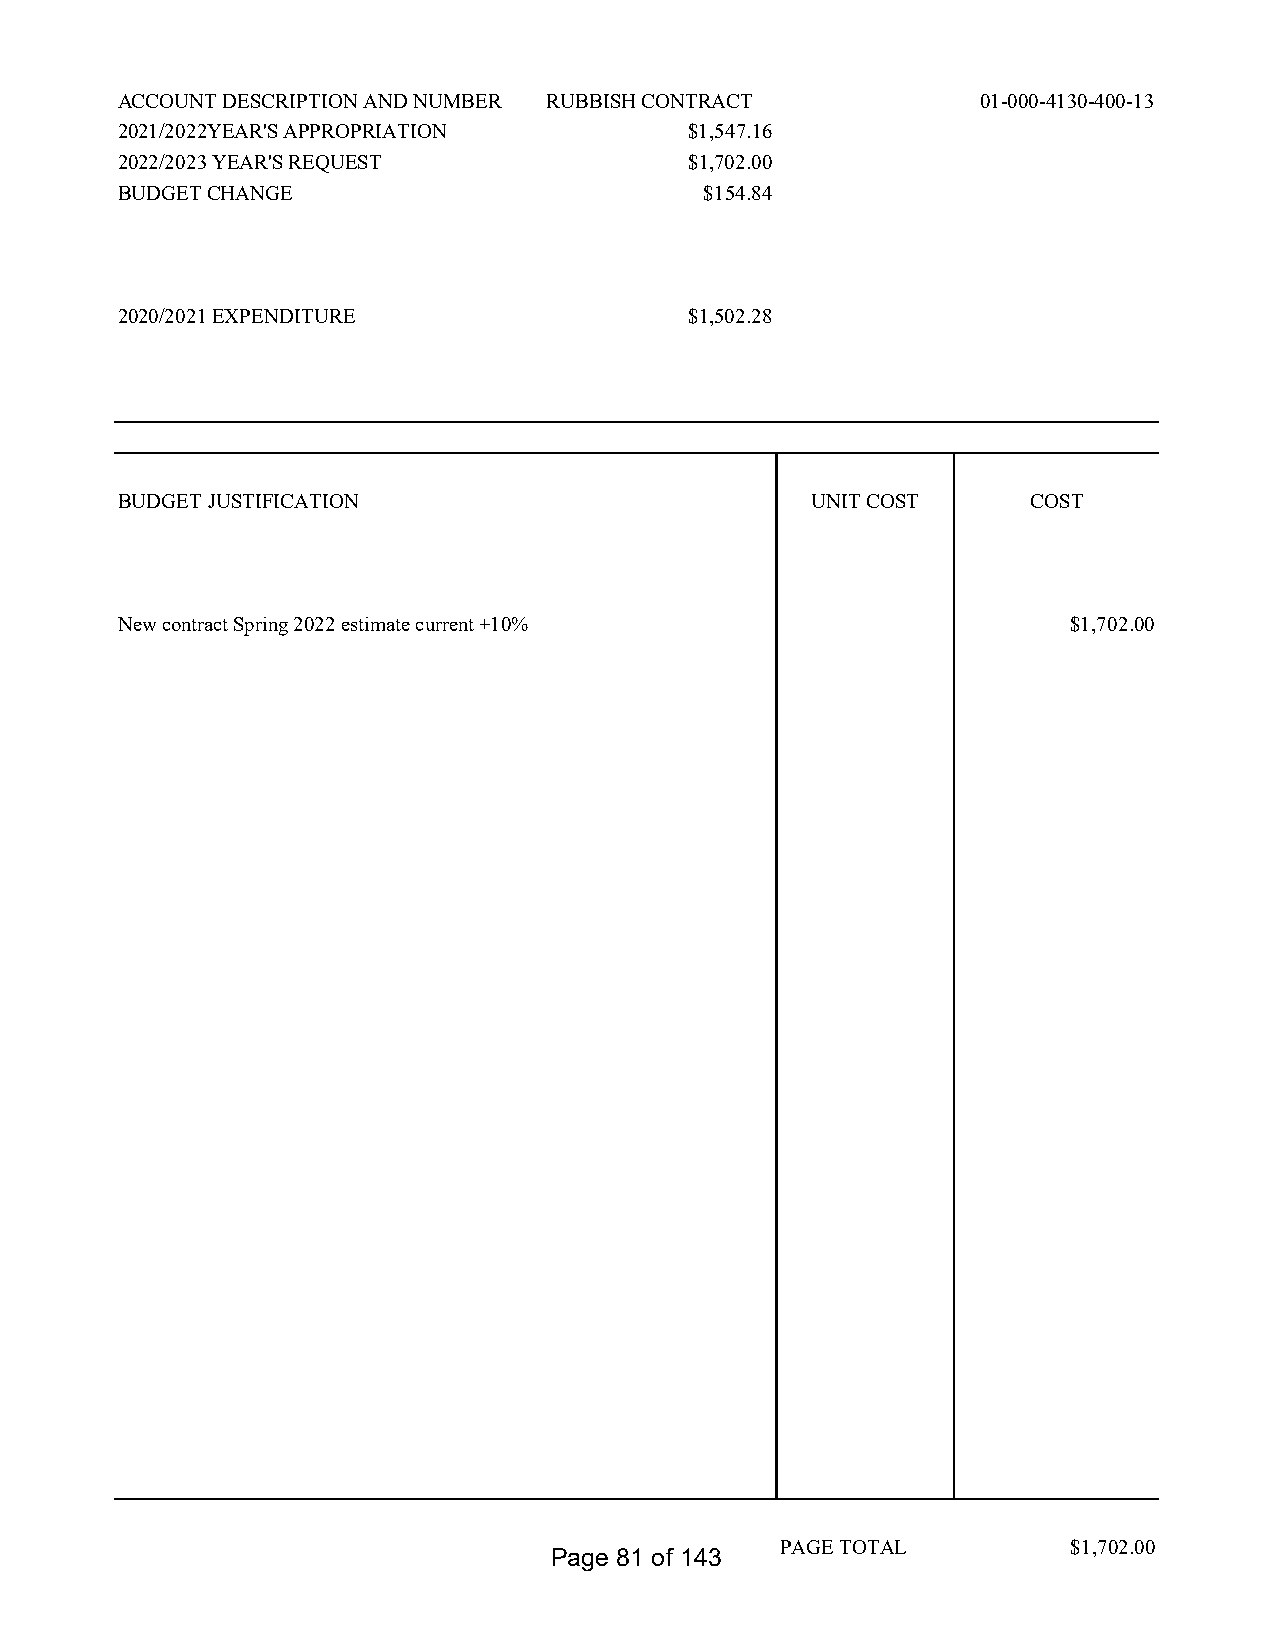
ACCOUNT DESCRIPTION AND NUMBER RUBBISH CONTRACT          01-000-4130-400-13
 2021/2022YEAR'S APPROPRIATION         $1,547.16
 2022/2023 YEAR'S REQUEST              $1,702.00
 BUDGET CHANGE                          $154.84
 2020/2021 EXPENDITURE                 $1,502.28
 BUDGET JUSTIFICATION                          UNIT COST     COST
 New contract Spring 2022 estimate current +10%                 $1,702.00
 PAGE TOTAL         $1,702.00
 Page 81 of 143